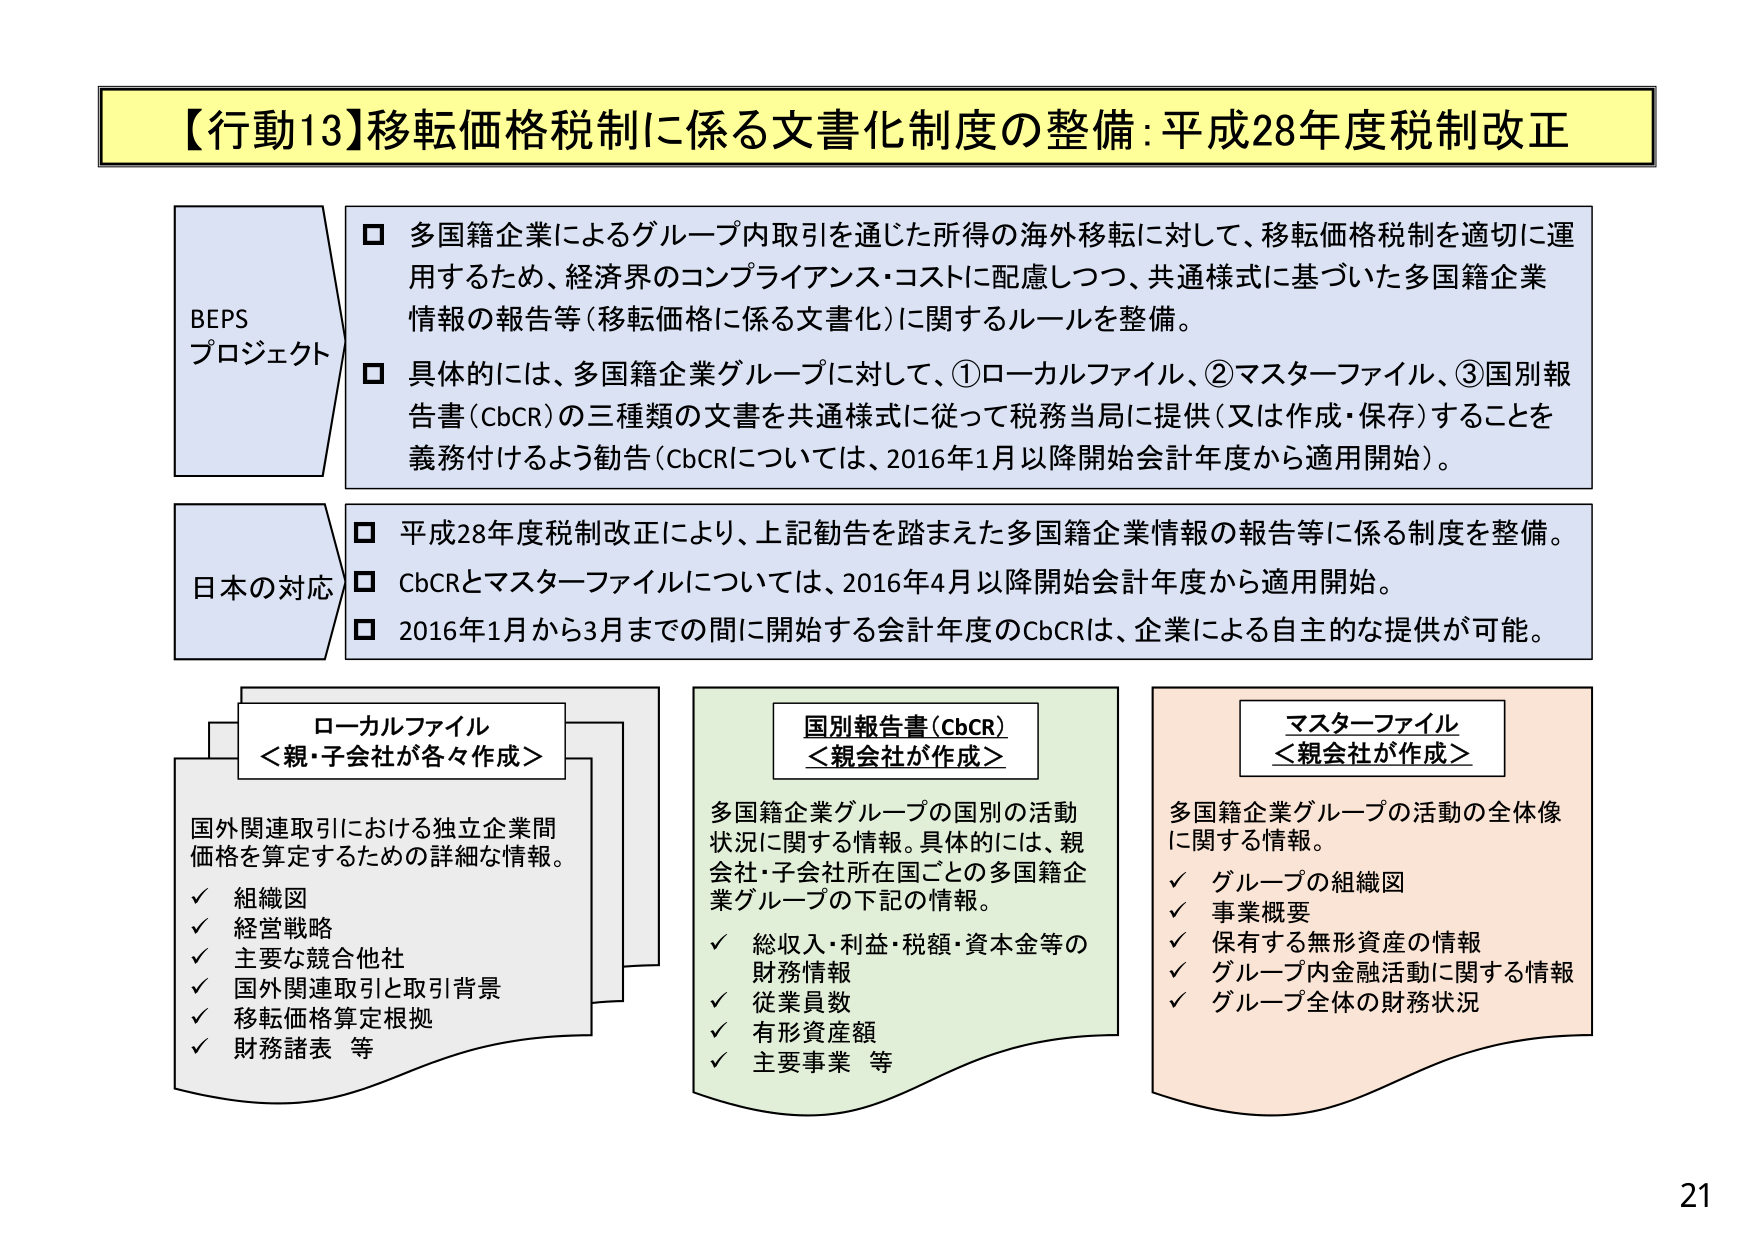
【行動13】移転価格税制に係る文書化制度の整備：平成28年度税制改正

BEPS
プロジェクト
□ 多国籍企業によるグループ内取引を通じた所得の海外移転に対して、移転価格税制を適切に運用するため、経済界のコンプライアンス・コストに配慮しつつ、共通様式に基づいた多国籍企業情報の報告等（移転価格に係る文書化）に関するルールを整備。
□ 具体的には、多国籍企業グループに対して、①ローカルファイル、②マスターファイル、③国別報告書（CbCR）の三種類の文書を共通様式に従って税務当局に提供（又は作成・保存）することを義務付けるよう勧告（CbCRについては、2016年1月以降開始会計年度から適用開始）。

日本の対応
□ 平成28年度税制改正により、上記勧告を踏まえた多国籍企業情報の報告等に係る制度を整備。
□ CbCRとマスターファイルについては、2016年4月以降開始会計年度から適用開始。
□ 2016年1月から3月までの間に開始する会計年度のCbCRは、企業による自主的な提供が可能。

ローカルファイル
＜親・子会社が各々作成＞
国外関連取引における独立企業間価格を算定するための詳細な情報。
✓ 組織図
✓ 経営戦略
✓ 主要な競合他社
✓ 国外関連取引と取引背景
✓ 移転価格算定根拠
✓ 財務諸表 等

国別報告書（CbCR）
＜親会社が作成＞
多国籍企業グループの国別の活動状況に関する情報。具体的には、親会社・子会社所在国ごとの多国籍企業グループの下記の情報。
✓ 総収入・利益・税額・資本金等の財務情報
✓ 従業員数
✓ 有形資産額
✓ 主要事業 等

マスターファイル
＜親会社が作成＞
多国籍企業グループの活動の全体像に関する情報。
✓ グループの組織図
✓ 事業概要
✓ 保有する無形資産の情報
✓ グループ内金融活動に関する情報
✓ グループ全体の財務状況

21